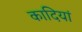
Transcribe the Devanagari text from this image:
कादियां